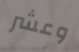
وعشر